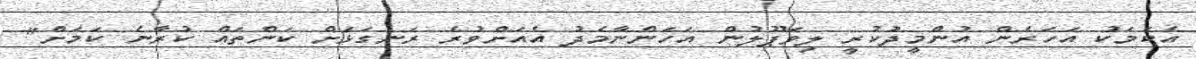
އެކަމަކު އަހަރެން އުންމީދުކުރީ ލިވަޕޫލުން އަހަންނާމެދު އެއަށްވުރެ ރަނގަޅަށް ކަންތައް ކުރާނެ ކަމަށް"